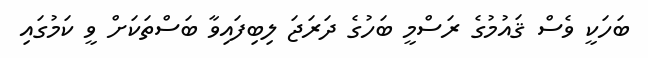
ބަހަކީ ވެސް ޤައުމުގެ ރަސްމީ ބަހުގެ ދަރަޖަ ލިބިފައިވާ ބަސްތަކަށް ވީ ކަމުގައި